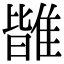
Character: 𩀊